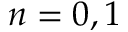
n = 0 , 1